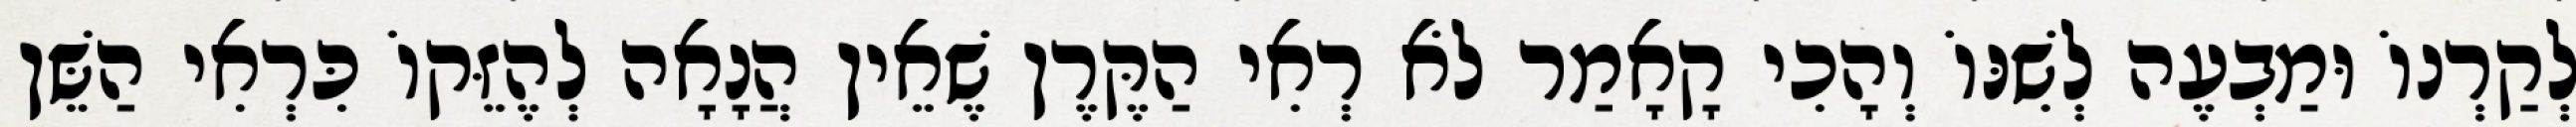
לְקַרְנוֹ וּמַבְעֶה לְשִׁנּוֹ וְהָכִי קָאָמַר לֹא רְאִי הַקֶּרֶן שֶׁאֵין הֲנָאָה לְהֶזֵּקוֹ כִּרְאִי הַשֵּׁן